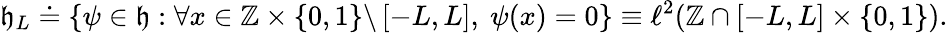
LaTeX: \mathfrak{h}_{L}\doteq\left\{ \psi\in\mathfrak{h}:\forall x\in\mathbb{Z}\times\{ 0,1\} \backslash\left[-L,L\right],\ \psi(x)=0\right\} \equiv\ell^{2}(\mathbb{Z}\cap\lbrack-L,L]\times\{ 0,1\} ).